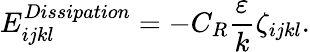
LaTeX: E_{ijkl}^{Dissipation}=-C_{R}\frac{\varepsilon}{k}\zeta_{ijkl}.